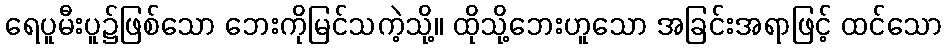
ရေပူမီးပူ၌ဖြစ်သော ဘေးကိုမြင်သကဲ့သို့။ ထိုသို့ဘေးဟူသော အခြင်းအရာဖြင့် ထင်သော